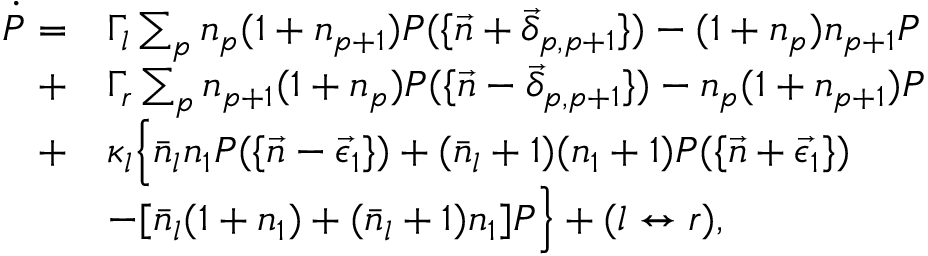
\begin{array} { r l } { \dot { P } = } & { \Gamma _ { l } \sum _ { p } n _ { p } ( 1 + n _ { p + 1 } ) P ( \{ \vec { n } + \vec { \delta } _ { p , p + 1 } \} ) - ( 1 + n _ { p } ) n _ { p + 1 } P } \\ { + } & { \Gamma _ { r } \sum _ { p } n _ { p + 1 } ( 1 + n _ { p } ) P ( \{ \vec { n } - \vec { \delta } _ { p , p + 1 } \} ) - n _ { p } ( 1 + n _ { p + 1 } ) P } \\ { + } & { \kappa _ { l } \Big \{ \bar { n } _ { l } n _ { 1 } P ( \{ \vec { n } - \vec { \epsilon } _ { 1 } \} ) + ( \bar { n } _ { l } + 1 ) ( n _ { 1 } + 1 ) P ( \{ \vec { n } + \vec { \epsilon } _ { 1 } \} ) } \\ & { - [ \bar { n } _ { l } ( 1 + n _ { 1 } ) + ( \bar { n } _ { l } + 1 ) n _ { 1 } ] P \Big \} + ( l \leftrightarrow r ) , } \end{array}